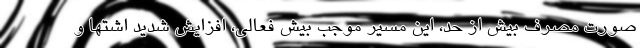
صورت مصرف بیش از حد، این مسیر موجب بیش فعالی، افزایش شدید اشتها و